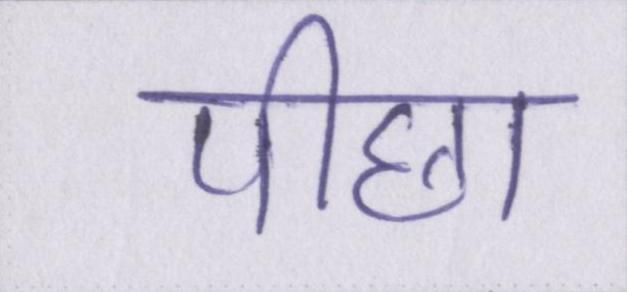
पीछा